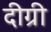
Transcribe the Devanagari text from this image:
दीग्री